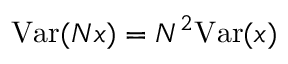
\mathrm { V a r } ( N x ) = N ^ { 2 } \mathrm { V a r } ( x )